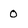
Character: 0